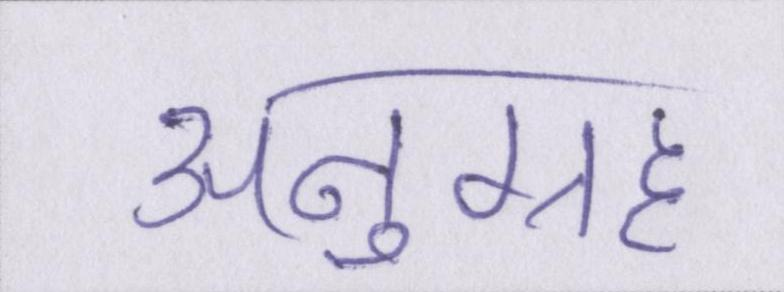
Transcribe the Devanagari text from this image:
अनुग्रह